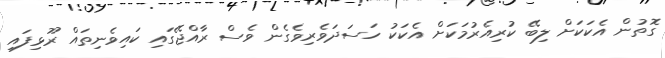
ގޮތުން އެކަކަށް ލިބޭ ކުރިއެރުމަކަށް އެކަކު ހަސަދަވެރިވެގެން ވެސް ރާއްޖޭގައި ކައިވެނިތައް ރޫޅިފައި